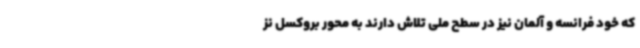
که خود فرانسه و آلمان نیز در سطح ملی تلاش دارند به محور بروکسل نز